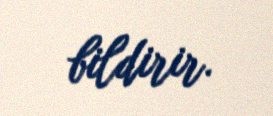
bildirir.